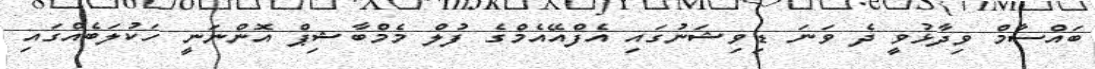
ބައްސާމް ވިދާޅުވީ ދެ ވަނަ ޑިވިޝަނުގައި އެފްއޭއެމްގެ ފުލް މެމްބާޝިޕް އޮންނަނީ ހަކުލަބެއްގައި